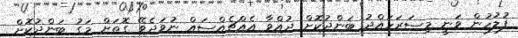
ފުލުހުން ވަނީ މިސަރަހައްދު ބަންދުކޮށް ދުއްވާ އެއްޗެއްސައް ނުވަދެވޭ ގޮތަށް މަގު ބަންދުކޮށް